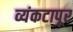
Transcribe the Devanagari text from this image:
व्यंकटापूर